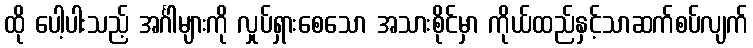
ထို ပေါ့ပါးသည့် အင်္ဂါများကို လှုပ်ရှားစေသော အသားစိုင်မှာ ကိုယ်ထည်နှင့်သာဆက်စပ်လျက်